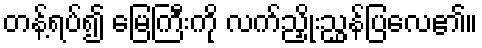
တန့်ရပ်၍ မြေကြီးကို လက်ညှိုးညွှန်ပြလေ၏။